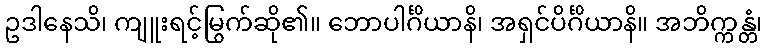
ဥဒါနေသိ၊ ကျူးရင့်မြွက်ဆို၏။ ဘောပါင်္ဂိယာနိ၊ အရှင်ပိင်္ဂိယာနိ။ အဘိက္ကန္တံ၊